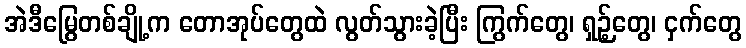
အဲဒီမြွေတစ်ချို့က တောအုပ်တွေထဲ လွတ်သွားခဲ့ပြီး ကြွက်တွေ၊ ရှဉ့်တွေ၊ ငှက်တွေ